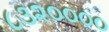
૮૩૨૦૦૦૦